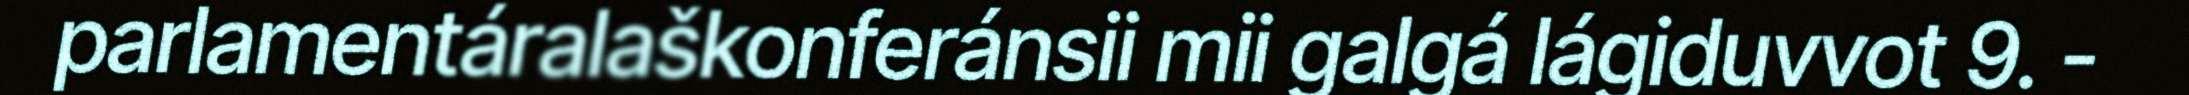
parlamentáralaškonferánsii mii galgá lágiduvvot 9. -